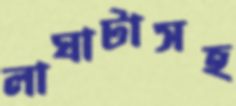
লাঘাটাসহ